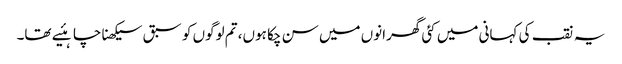
یہ نقب کی کہانی میں کئی گھرانوں میں سن چکا ہوں، تم لوگوں کو سبق سیکھنا چاہئیے تھا۔